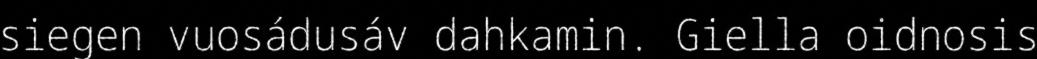
siegen vuosádusáv dahkamin. Giella oidnosis